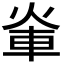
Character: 𮝃